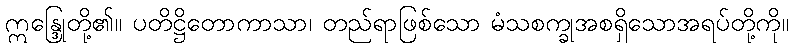
ဣန္ဒြေုတို့၏။ ပတိဋ္ဌိတောကာသာ၊ တည်ရာဖြစ်သော မံသစက္ခုအစရှိသောအရပ်တို့ကို။